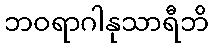
ဘဝရာဂါနုသာရီဘိ